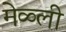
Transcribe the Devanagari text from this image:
मेळ्ली